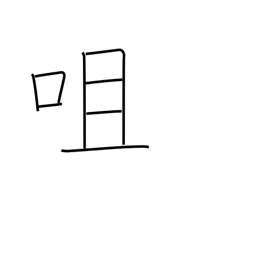
Meaning: bite